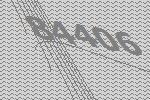
84406